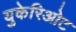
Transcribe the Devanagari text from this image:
युकेरिओट